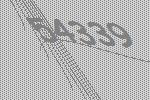
54339